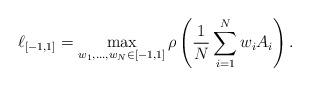
LaTeX: \begin{align*}\ell_{[-1, 1]} = \max_{{w_1, \dotsc, w_N} \in [-1, 1]}\rho\left(\frac{1}{N} \sum_{i=1}^N w_i A_i\right).\end{align*}